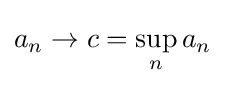
a_{n}\to c=\sup _{n}a_{n}